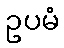
ဥပမံ